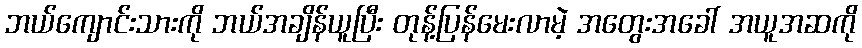
ဘယ်ကျောင်းသားကို ဘယ်အချိန်ယူပြီး တုန့်ပြန်မေးလာမဲ့ အတွေးအခေါ် အယူအဆကို